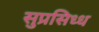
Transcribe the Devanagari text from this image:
सुप्रसिध्ध